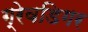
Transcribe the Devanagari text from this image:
ग्रेवडिगर